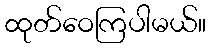
ထုတ်ဝေကြပါမယ်။